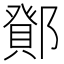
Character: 𮠉